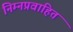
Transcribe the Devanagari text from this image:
निम्नप्रवाहित